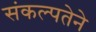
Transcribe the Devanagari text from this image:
संकल्पतेने